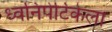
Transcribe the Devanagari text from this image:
ध्वनिपेटिकेला